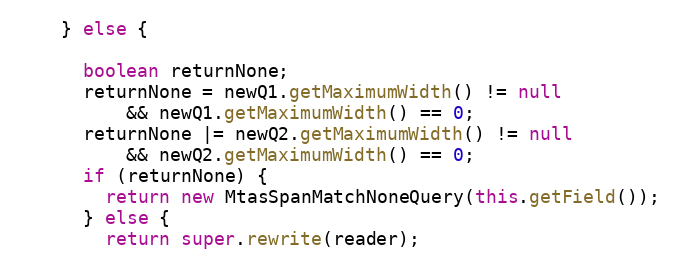
Language: Java
    } else {

      boolean returnNone;
      returnNone = newQ1.getMaximumWidth() != null
          && newQ1.getMaximumWidth() == 0;
      returnNone |= newQ2.getMaximumWidth() != null
          && newQ2.getMaximumWidth() == 0;
      if (returnNone) {
        return new MtasSpanMatchNoneQuery(this.getField());
      } else {
        return super.rewrite(reader);